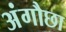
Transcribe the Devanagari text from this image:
अंगौछा